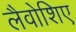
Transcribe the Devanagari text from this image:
लैवोशिए